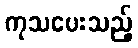
ကုသပေးသည့်